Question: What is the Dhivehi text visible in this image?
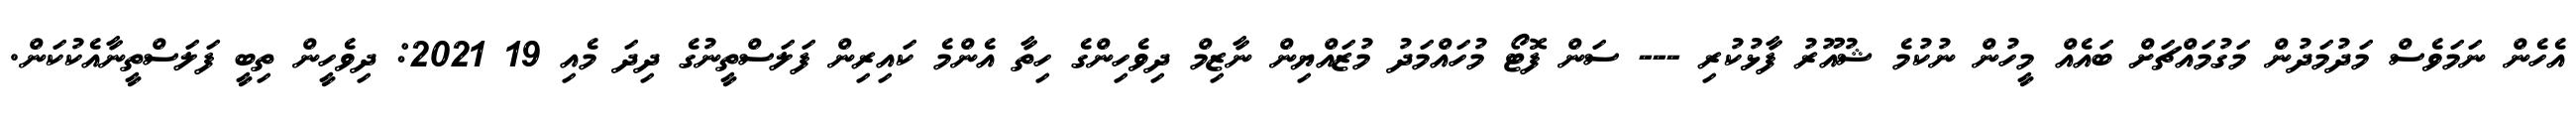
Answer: އެހެން ނަމަވެސް މަދުމަދުން މަގުމައްޗަށް ބައެއް މީހުން ނުކުމެ ޝުއޫރު ފާޅުކުރި --- ސަން ފޮޓޯ މުހައްމަދު މުޒައްޔިން ނާޒިމް ދިވެހިންގެ ހިތާ އެންމެ ކައިރިން ފަލަސްތީނުގެ ދިދަ މެއި 19 2021: ދިވެހީން ތިބީ ފަލަސްތީނާއެކުކަން.